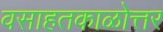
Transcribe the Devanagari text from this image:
वसाहतकाळोत्तर